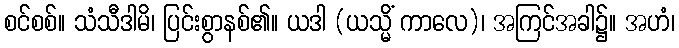
စင်စစ်။ သံသီဒါမိ၊ ပြင်းစွာနစ်၏။ ယဒါ (ယသ္မိံ ကာလေ)၊ အကြင်အခါ၌။ အဟံ၊